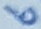
Text: 6